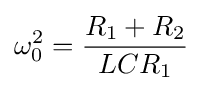
\omega _{0}^{2}={\frac {R_{1}+R_{2}}{LCR_{1}}}